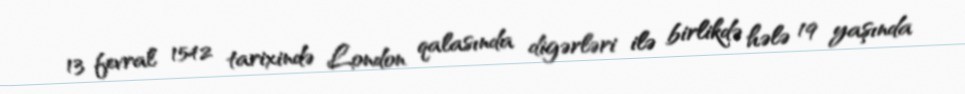
13 fevral 1542 tarixində London qalasında digərləri ilə birlikdə hələ 19 yaşında